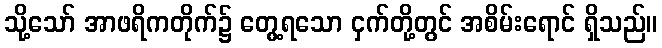
သို့သော် အာဖရိကတိုက်၌ တွေ့ရသော ငှက်တို့တွင် အစိမ်းရောင် ရှိသည်။